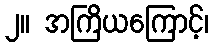
၂။ အကြိယကြောင့်၊